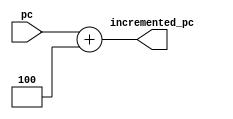
/*
member 1
name: Chintamani Masthanaiah
roll number :191cs115

member 2 
name : LSV sandeep margana
roll number :191cs226

MODULE NAME:INSTRUCTION FETCH STAGE
    Contains
        1) pc
        2) main memory


*/

// instruction fetch
module adder(pc,incremented_pc);
input [63:0] pc;
output [63:0] incremented_pc;
assign incremented_pc=pc+4;
endmodule

module IF(instruction,reset,pc_input,pc_updated,clk,pc,next_pc);
input reset;
input [63:0] pc_input;
output [31:0] instruction;
input clk;
output reg [63:0] pc;
output reg [63:0] pc_updated;
input [63:0] next_pc;
wire [63:0] out;
IM memory_fetch(pc,instruction);
adder upd(pc,out);


always @(pc) // when ever pc is changed then the pc is incremented and stored inside the pc_updated 
begin
    pc_updated<=out;
    
end
always @(posedge clk or reset )  // when there is any change in clk or reset following statements are executed
begin
    if(clk==1)
    begin
        pc <= next_pc;
        
    end
        
    if(reset==1)
    begin
        pc <=pc_input; //reset to the value to the initial pc value pc_input
    end 
end
    always @(pc_input)
    begin
        pc<=pc_input;
    end



endmodule

module IM(pc,instruction);
input [63:0] pc;
output reg [31:0] instruction;

// main_memory
//size 16 kb
// stack + heap has 10 kb [ also called data memory ]
// instruction memory is 4 kb
// reserved section is 2 kb 
reg [31:0] main_memory[63:0][63:0];
                                // as soon as the pc changes the instruction will be fetched
always @(pc)
begin
    if(pc>=6144 || pc <2048)    //check the limit of the data section 
    begin
        $display("trap ");
        instruction=32'bx;
    end
    else begin                  //fetch 2 words; as each instruction hold 64 bit;
        instruction={main_memory[(pc>>8)][(pc/4)%64]};
     end
end
                                //memory initialisation
genvar i,j;
for(i=0;i<64;i=i+1)             //this main_memory has the random values throughout
begin
    for (j=0;j<64;j=j+1)
    begin
always @(i,j)
begin
    if(i==12 && j<64)
    begin
      // enter your code upto 64 instructions

      main_memory[i][0] <= 32'b00000000100100000000000010010011; //addi x1,x0,9;
      main_memory[i][1] <= 32'b00000000000100010000110001100011; //beq x1,x2,12
      main_memory[i][2] <= 32'b00000000000100010000000100010011; //addi x2,x2,1
      main_memory[i][3] <= 32'b00000000000001010000000110000011; //ld x3,0(x10);
      main_memory[i][4] <= 32'b00000000001100010000000110110011; //add x3,x2,x3
      main_memory[i][5] <= 32'b00000000001101010000000000100011; //sd x3,0(x10);
      main_memory[i][6] <= 32'b11111110000000000000011011100011; //beq x10,x10,-10
      main_memory[i][7] <= 32'b00000000000001010000000110000011; //ld x3,0(x10);
     
    end
    else begin
        main_memory[i][j] <= $random;
    end
    
end
    end
end
endmodule
// IF ends